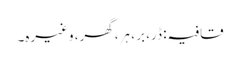
قافیہ: ڈر، بر ، ہر، گھر، وغیرہ۔